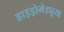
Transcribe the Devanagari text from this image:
हाइड्रोमेड्यूसा